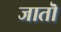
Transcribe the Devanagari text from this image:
जातॊ